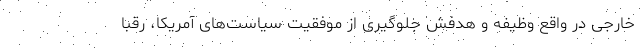
خارجی در واقع وظیفه و هدفش جلوگیری از موفقیت سیاست‌های آمریکا، رقبا